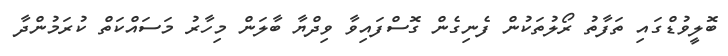
ބޮލީވުޑްގައި ތަފާތު ރޯލުތަކުން ފެނިގެން ގޮސްފައިވާ ވިދްޔާ ބާލަން މިހާރު މަސައްކަތް ކުރަމުންދާ